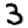
Digit: 3